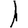
Digit: 1